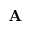
\textbf { A }